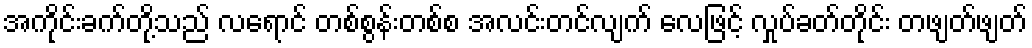
အကိုင်းခက်တို့သည် လရောင် တစ်စွန်းတစ်စ အလင်းတင်လျက် လေဖြင့် လှုပ်ခတ်တိုင်း တဖျတ်ဖျတ်